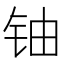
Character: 铀